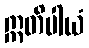
ဣတိပါယံ